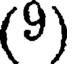
(9)